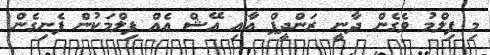
މި ފިލްމު ވެގެން ދާނީ ރަންދީޕް އާއި އޭޝް އެއް ފިލްމަކުން ފެނިގެން